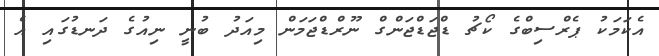
އެކަމަކު ޕެރްސިބްގެ ކޯޗު ޑްޖަޑްޖަންގް ނޫރްޑްޖަމަން މިއަދު ބުނީ ނިއުގެ ދަނޑުގައި އެ